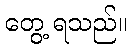
တွေ့ ရသည်။